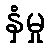
နှံမှု